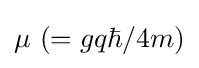
\mu ~(=gq\hbar /{4m})